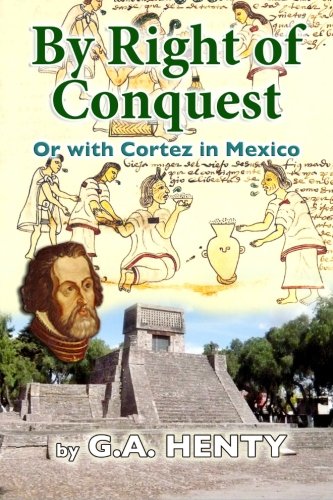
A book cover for By Right of Conquest: Or with Cortez in Mexico; G A Henty; Teen & Young Adult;